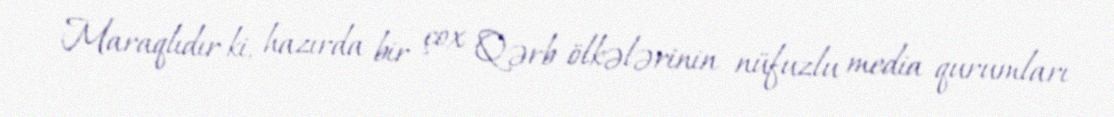
Maraqlıdır ki, hazırda bir çox Qərb ölkələrinin nüfuzlu media qurumları